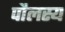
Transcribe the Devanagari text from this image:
पौलस्य